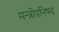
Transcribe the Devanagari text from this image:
मन्त्रोपनिषद